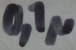
Text: 0,1µ